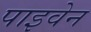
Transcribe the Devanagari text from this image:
पाइवेन